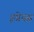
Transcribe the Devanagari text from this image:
इग्नेयस